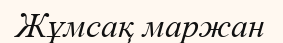
Жұмсақ маржан